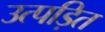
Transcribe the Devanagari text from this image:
उत्पड़ित